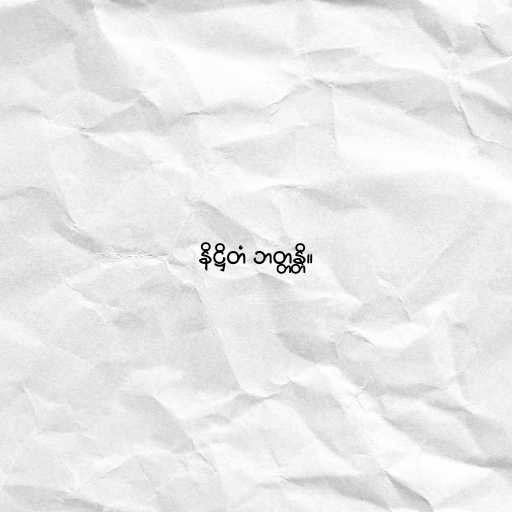
နိဋ္ဌိတံ ဘတ္တန္တိ။